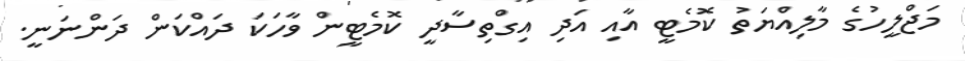
މަޖްލީހުގެ މާލިއްޔަތު ކޮމެޓީ އާއި އަދި އިގްތިސާދީ ކޮމެޓީން ވާހަކަ ދައްކަން ދަންނަނީ.